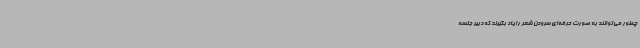
چطور می‌توانند به صورت حرفه‌ای سرودن شعر را یاد بگیرند که دبیر جلسه